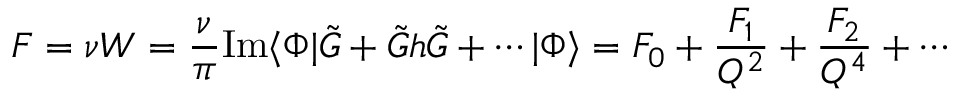
F = \nu W = \frac { \nu } { \pi } \mathrm { { I m } } \langle \Phi | \tilde { G } + \tilde { G } h \tilde { G } + \cdots | \Phi \rangle = { \cal F } _ { 0 } + \frac { { \cal F } _ { 1 } } { Q ^ { 2 } } + \frac { { \cal F } _ { 2 } } { Q ^ { 4 } } + \cdots